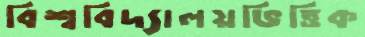
বিশ্ববিদ্যালয়ভিত্তিক